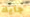
جايك